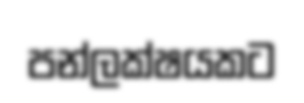
පන්ලක්ෂයකට